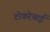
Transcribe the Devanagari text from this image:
टोकरेचाई